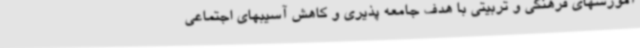
آموزشهای فرهنگی و تربیتی با هدف جامعه پذیری و کاهش آسیبهای اجتماعی